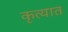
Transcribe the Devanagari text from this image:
कृत्यात